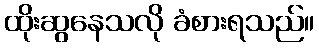
ထိုးဆွနေသလို ခံစားရသည်။